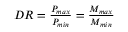
\begin{array} { r } { D R = \frac { P _ { m a x } } { P _ { m i n } } = \frac { M _ { m a x } } { M _ { m i n } } } \end{array}